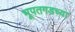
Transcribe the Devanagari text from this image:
भूपतगडच्या